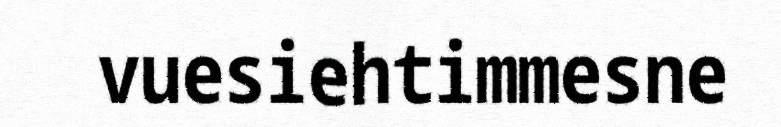
vuesiehtimmesne